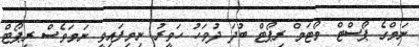
ނަމްގެ ޕޯސްޓް މޯޓަމް ރިޕޯޓް ބުދަ ދުވަހު ހަވީރު ނިމިފައިވީ ނަމަވެސް ރިޕޯޓް